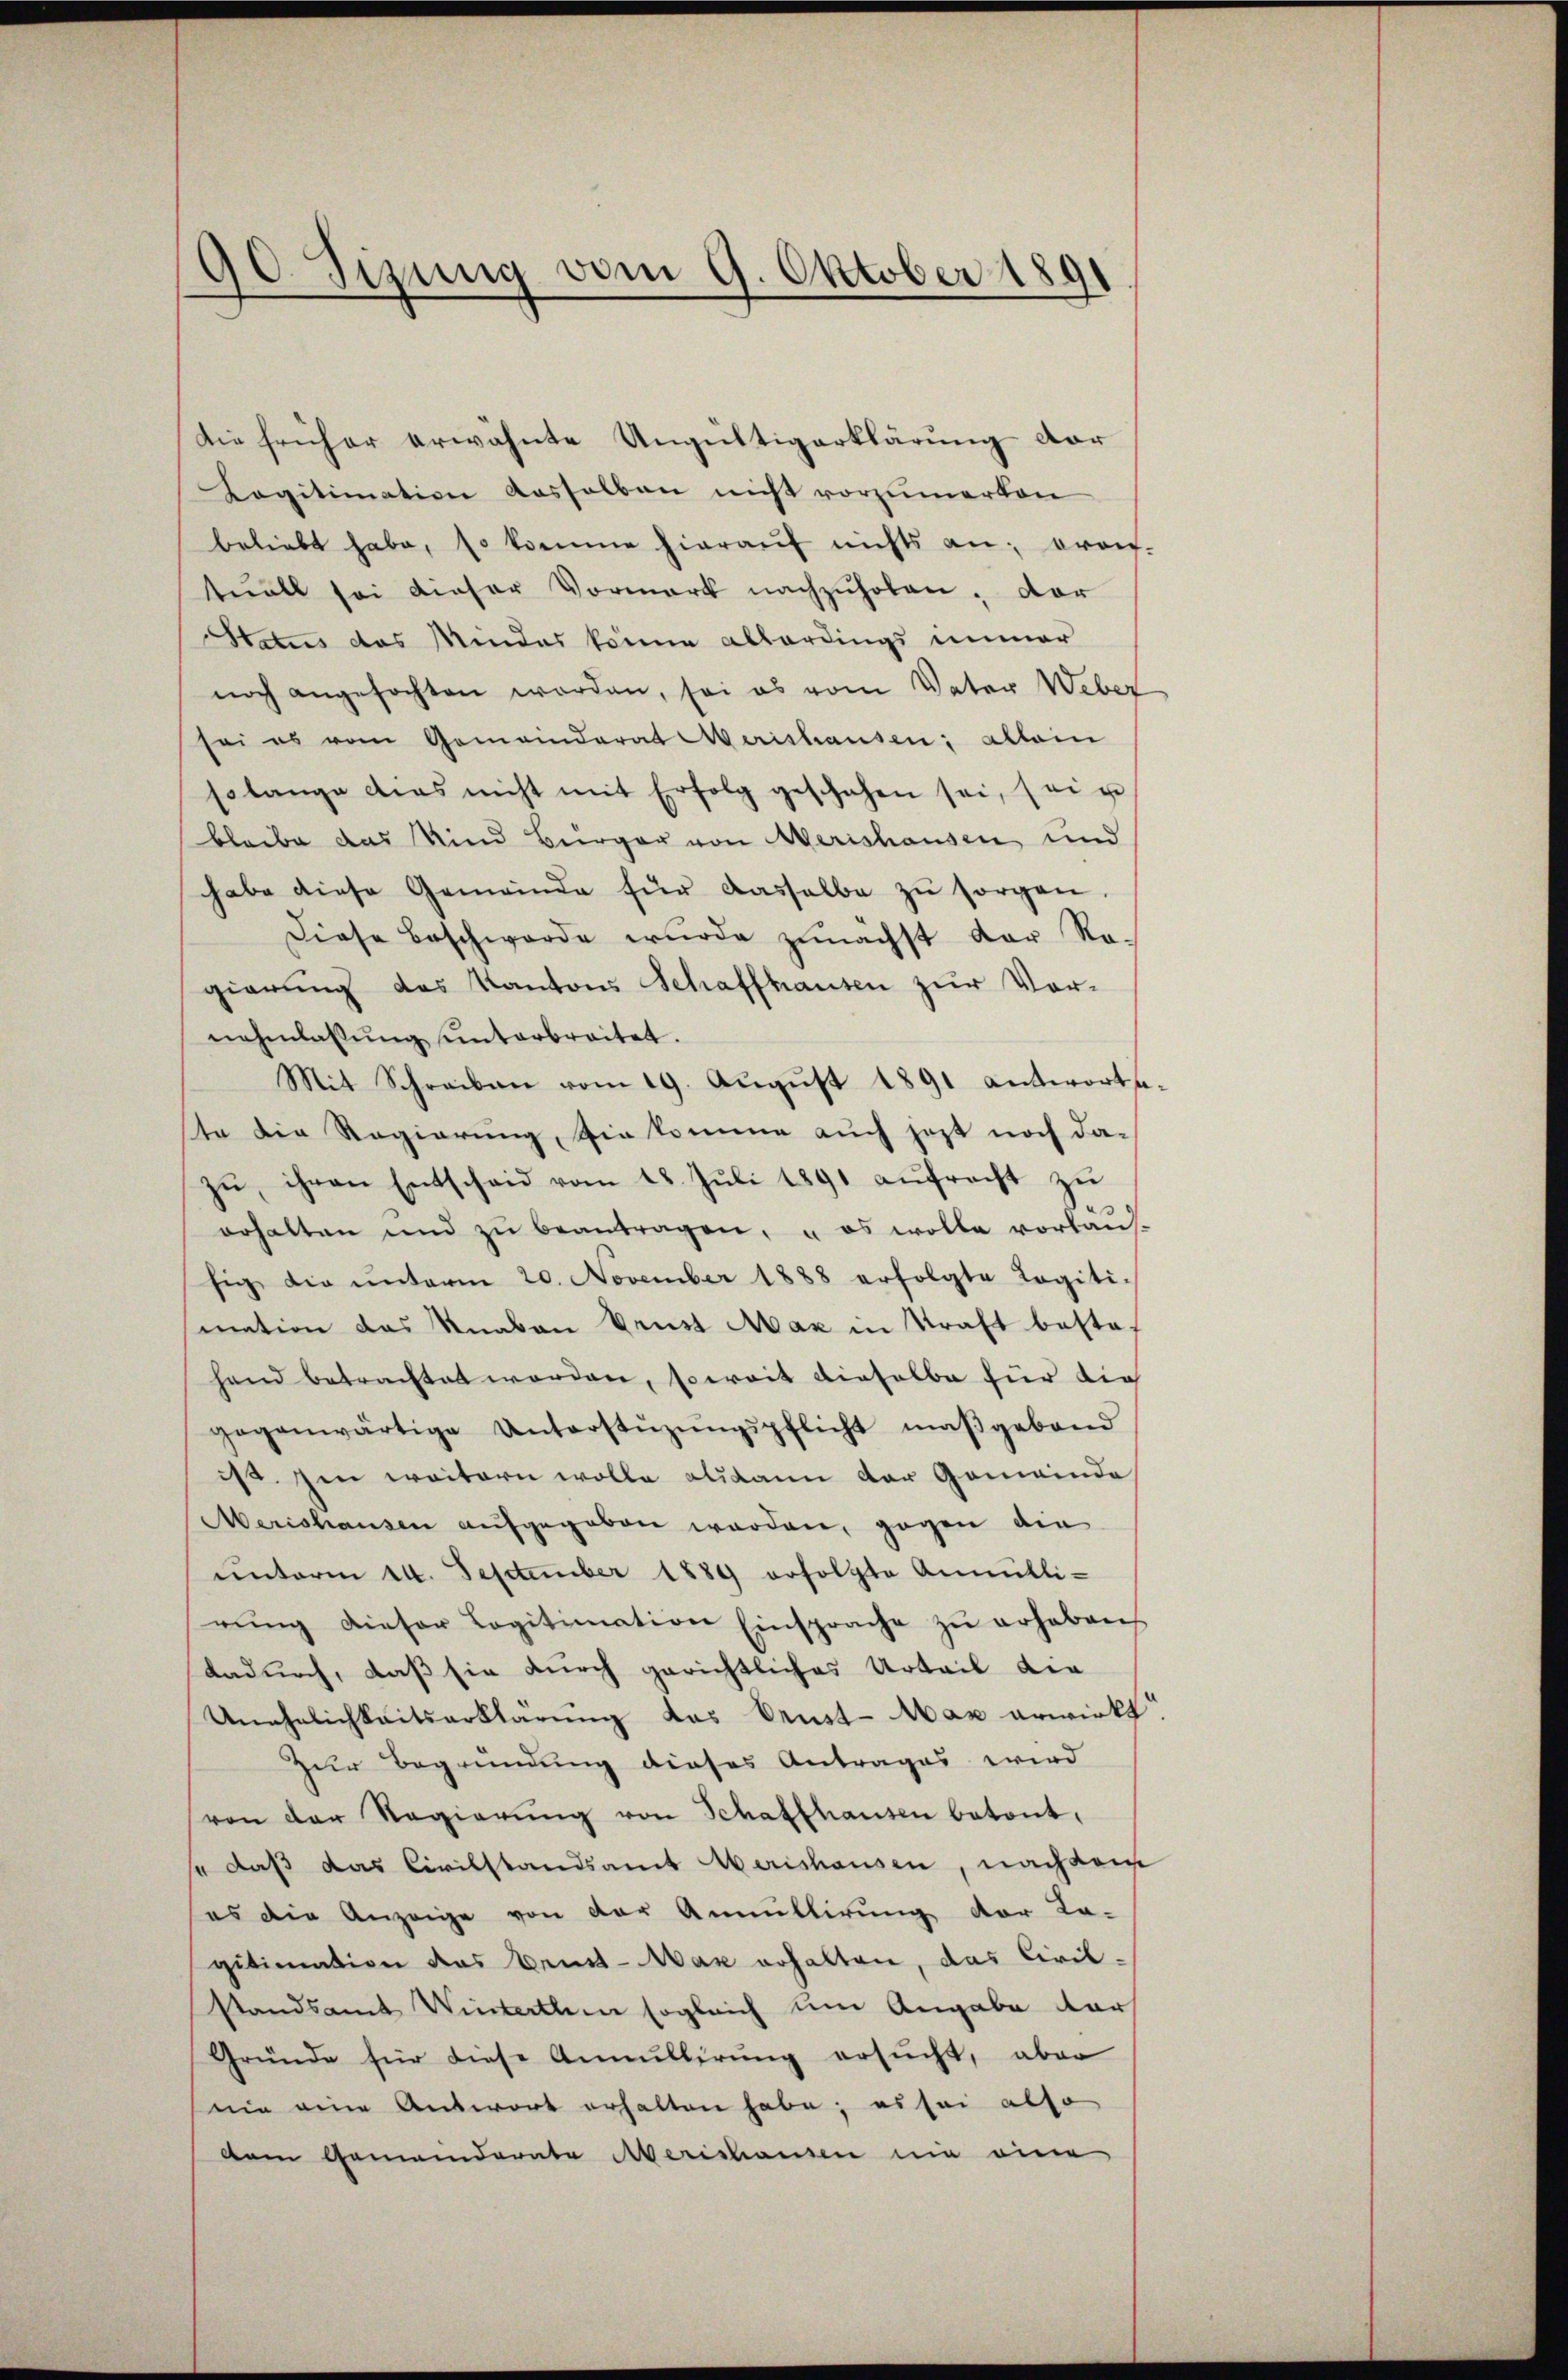
90. Sizung vom 9. Oktober 1891

die früher erwähnte Ungültigerklärung dar
Legitimation desselben nicht vorzumerken
beliebt habe, so komme hieraŭf nichts an; drauf-
tuell sei dieser Vormark nachzŭholen; der
Status das Mindes könne allerdings immer
noch angefochten worden, sei es vom Vater Weber
sei es vom Gemeinderat Merishausen; allein
solange dies nicht mit Erfolg geschehen sei, sei u
bleibe das Kind Bürger von Merishausen und
habe diese Gemeinde für dasselbe zŭ sorgen.
Diese Beschwerde wurde zunächst der Ra-
gierung des Kantons Schaffhausen zur Vornehmlassŭng ŭnterbreitet.
Mit Schreiben vom 19. Aŭgŭst 1891 antworts-
ste die Regierung, sie komme auch jetzt noch dazŭ, ihren Entscheid vom 18. Jŭli 1891 aŭfracht zŭ
erhalten und zŭ beantragen, u es wolle vorhaŭs-
fig die ŭnterm 20. November 1888 erfolgte Logiti-
mation das Knaben Prust Max in Kraft bestehand betrachtet worden, soweit dieselbe für die
gegenwärtige Unterstüzungspflicht maßgebend
ist. Im weitern wolle alsdann der Gemeinde
MMerishausen aufgegeben worden, gegen die
ŭnterm 14. September 1889 erfolgte Anmütli-
rŭng dieser Legitimation Einsprache zŭ erhaben
dadurch, daß sie durch gerichtliches Urteil die
Unehelichkeitserklärung das Prust-Man erwirkt
Zur Begründung dieses Antrages wird
von der Regierŭng von Schaffhausen betont,
so daß das Civilstandsamt Merishausen, nach dem
es die Anzeige von der Annullirung der La-
gitimation das Beist-Mar erhalten, das Civilstandsamt Winterthen sogleich um Angabe darf
Gründe für diese Annullirung ersucht, aber
nie eine Antwort erhalten habe; es sei also
Dem Gemeinderate Merishausen nie eine